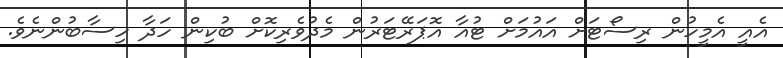
އެއީ އެމީހުން ރިސޯޓަށް އައުމަށް ޓުއާ އޮޕަރޭޓަރުން މެދުވެރިކޮށް ބުކިން ހަދާ ހިސާބުންނެވެ.